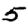
Digit: 5